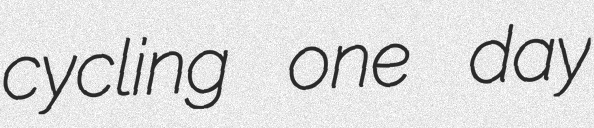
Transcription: cycling one day